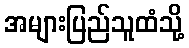
အများပြည်သူထံသို့